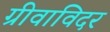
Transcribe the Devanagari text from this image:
ग्रीवाविदर